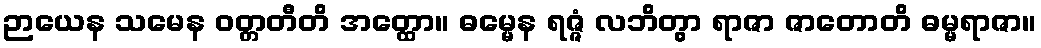
ဉာယေန သမေန ဝတ္တတီတိ အတ္ထော။ ဓမ္မေန ရဇ္ဇံ လဘိတွာ ရာဇာ ဇာတောတိ ဓမ္မရာဇာ။